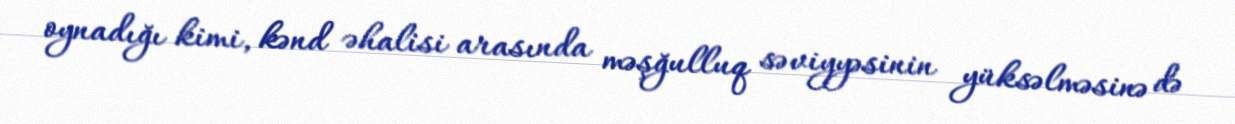
oynadığı kimi, kənd əhalisi arasında məşğulluq səviyyəsinin yüksəlməsinə də